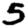
Digit: 5